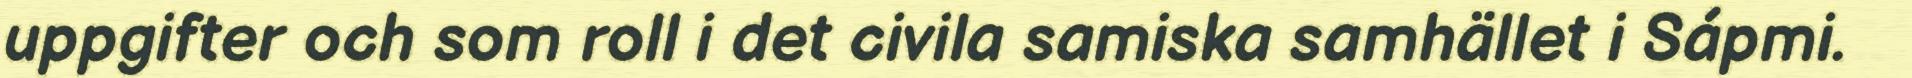
uppgifter och som roll i det civila samiska samhället i Sápmi.